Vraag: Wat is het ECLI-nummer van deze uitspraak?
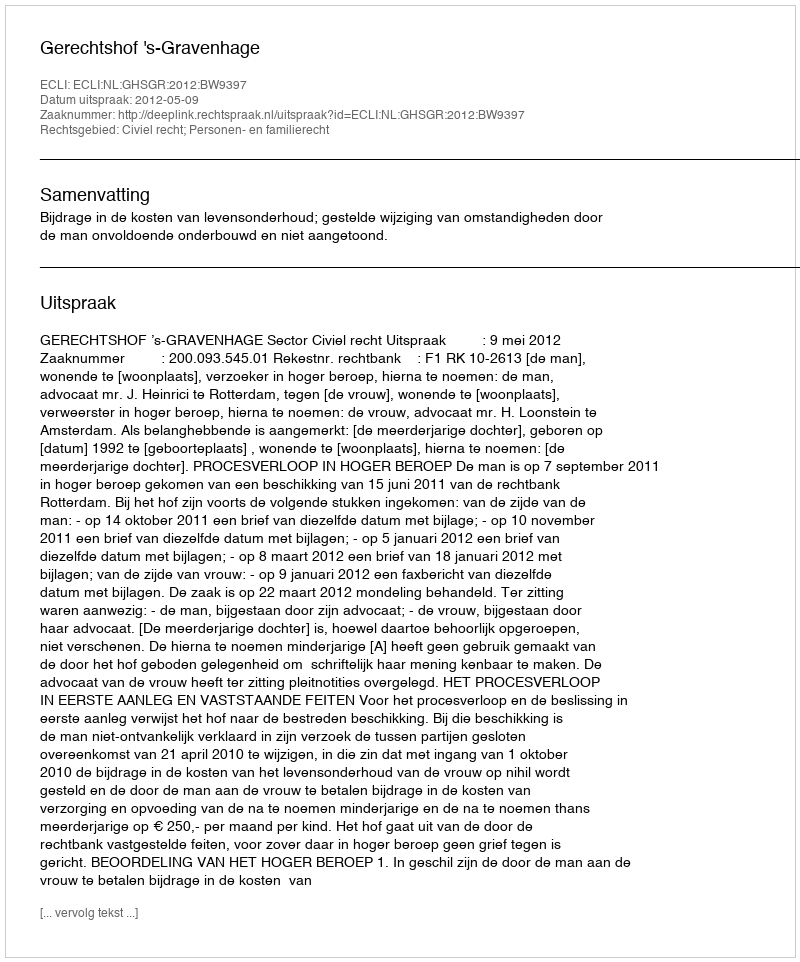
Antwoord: ECLI:NL:GHSGR:2012:BW9397